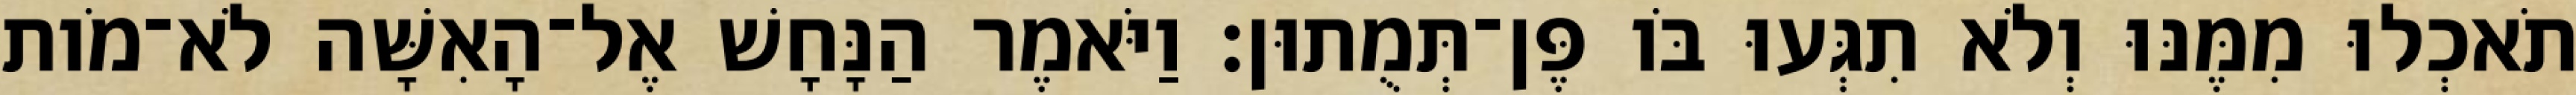
תֹאכְלוּ מִמֶּנּוּ וְלֹא תִגְּעוּ בֹּו פֶּן־תְּמֻתוּן׃ וַיֹּאמֶר הַנָּחָשׁ אֶל־הָאִשָּׁה לֹא־מֹות